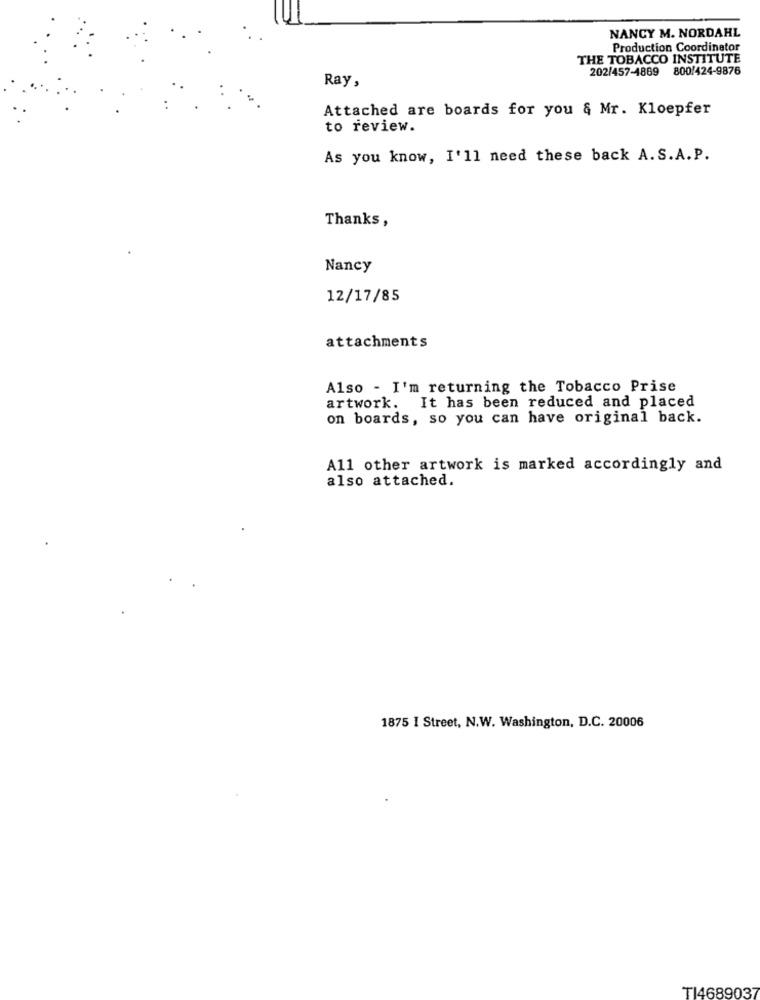
NANCY M. NORDAHL
Production Coordinator
THE TOBACCO INSTITUTE
202/457-1869 800/424-9876
Ray,
Attached are boards for you & Mr. Kloepfer
to review.
As you know, I'll need these back A. S.A. P.
Thanks,
Nancy
12/17/85
attachments
Also - I'm returning the Tobacco Prise
artwork. It has been reduced and placed
on boards, so you can have original back.
A11 other artwork is marked accordingly and
also attached.
1875 I Street, N.W. Washington, D.C. 20006
TI4689037